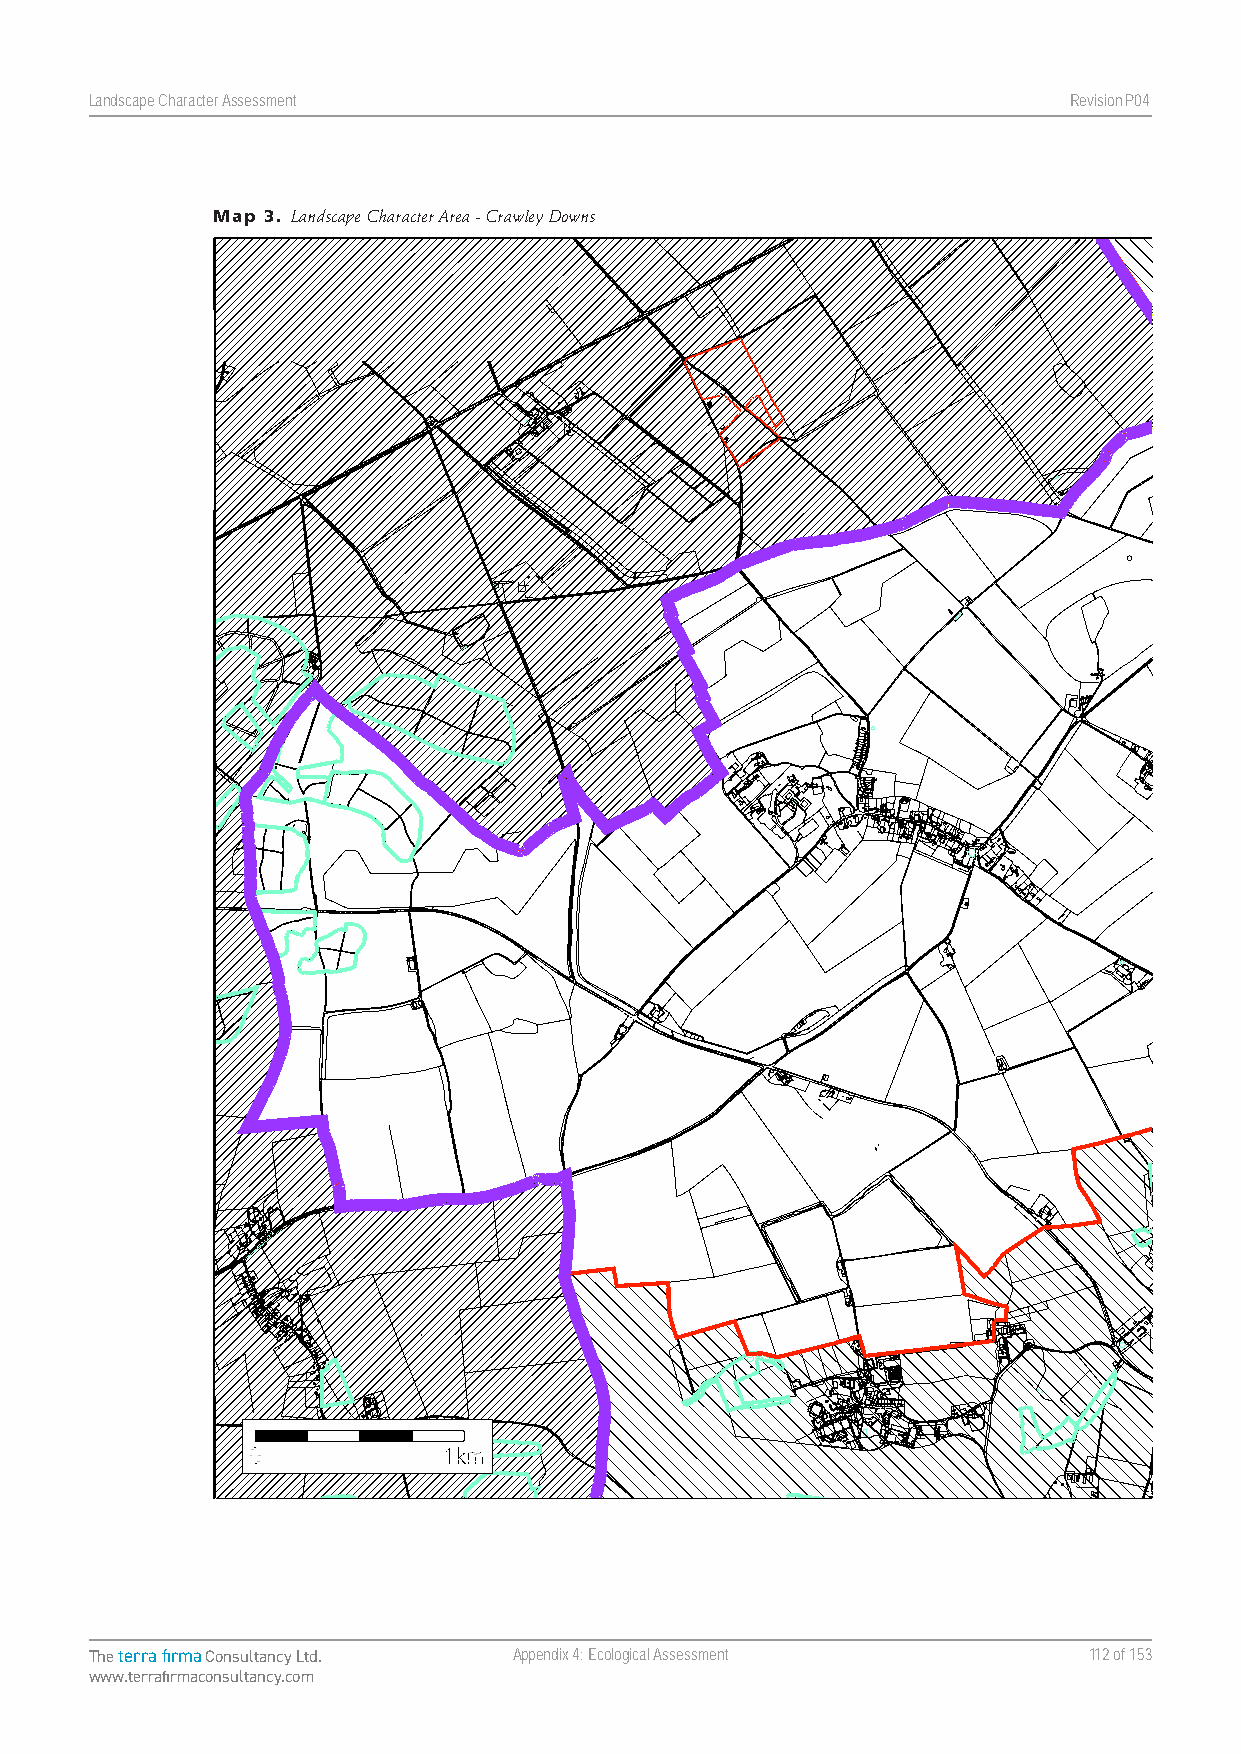
Landscape Character Assessment                                   RevisionP047
 Map 3. Landscape Character Area - Crawley Downs
 Landscape Character Assessment Appendix Four Winchester City Council
 The terra firma Consultancy Ltd. Appendix 4: Ecological Assessment 112 of 153
 www.terrafirmaconsultancy.com